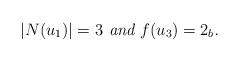
LaTeX: \begin{align*} \mbox{\em$|N(u_1)|=3$ and $f(u_3)=2_b$.}\end{align*}